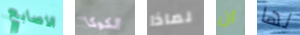
الاصابع الكوكا لماذا ان لها